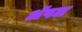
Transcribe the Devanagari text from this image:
अॅपल